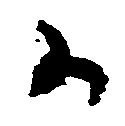
か